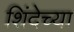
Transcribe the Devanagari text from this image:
शिंदेच्या